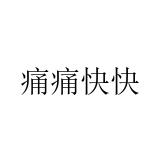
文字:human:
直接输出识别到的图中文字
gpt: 痛痛快快